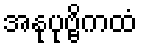
အနုပုဗ္ဗိကထံ